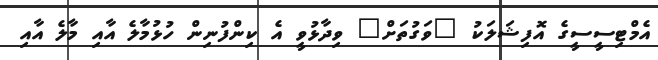
އެމްޓިސީސީގެ އޮފިޝަލަކު "ވަގުތަށް" ވިދާޅުވީ އެ ކިންފުނިން ހުޅުމާލެ އާއި މާލެ އާއި